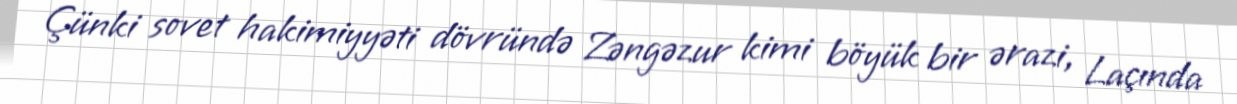
Çünki sovet hakimiyyəti dövründə Zəngəzur kimi böyük bir ərazi, Laçında